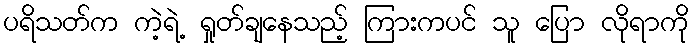
ပရိသတ်က ကဲ့ရဲ့ ရှုတ်ချနေသည့် ကြားကပင် သူ ပြော လိုရာကို